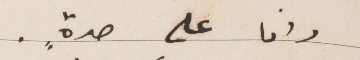
وانا على حدة.